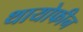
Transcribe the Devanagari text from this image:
थायोफीन